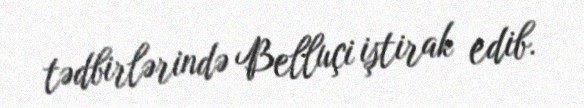
tədbirlərində Belluçi iştirak edib.